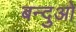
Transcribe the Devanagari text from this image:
बन्दुओ